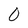
Character: O